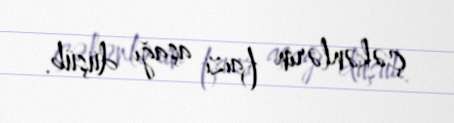
çəkənlərin faizi aşağı düşüb.